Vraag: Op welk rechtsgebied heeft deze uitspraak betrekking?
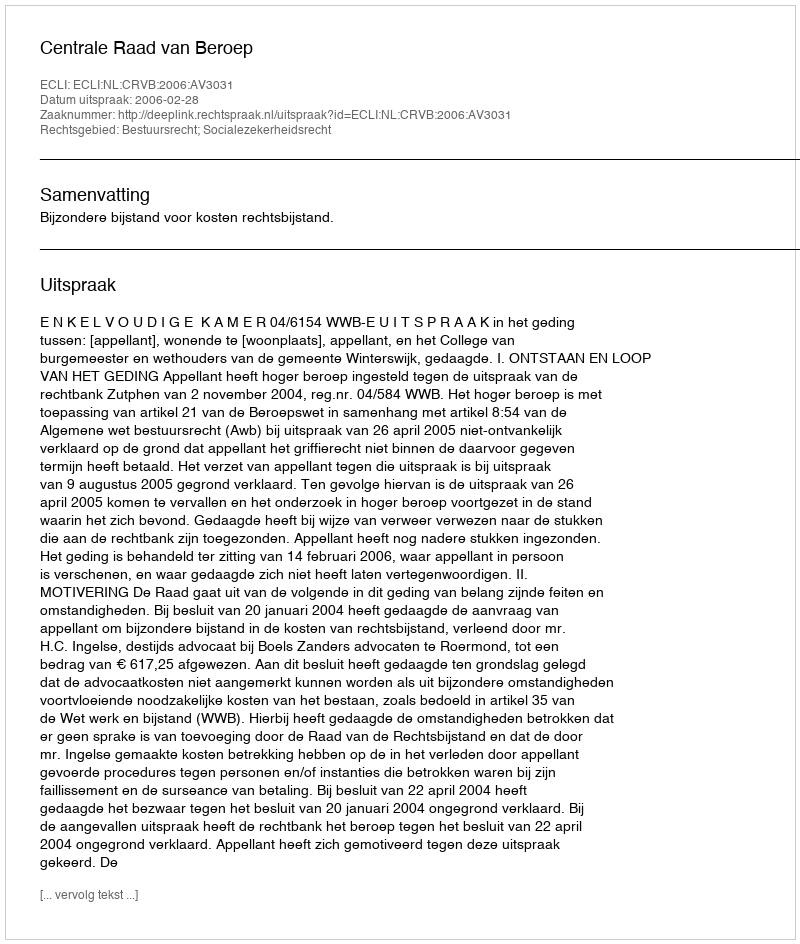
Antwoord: Bestuursrecht; Socialezekerheidsrecht